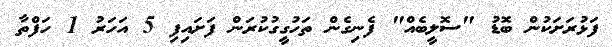
ފަޅުރަށަކުން ބޮޑު "ސޮލީބެއް" ފެނިގެން ތަހުގީގުކުރަން ފަށައިފި 5 އަހަރު 1 ހަފްތާ